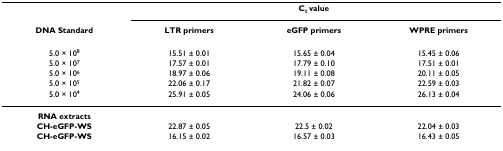
<table><thead><tr><td></td><td colspan="3"><b>C<sub>t </sub>value</b></td></tr><tr><td><b>DNA Standard</b></td><td><b>LTR primers</b></td><td><b>eGFP primers</b></td><td><b>WPRE primers</b></td></tr></thead><tbody><tr><td>5.0 × 10<sup>8</sup></td><td>15.51 ± 0.01</td><td>15.65 ± 0.04</td><td>15.45 ± 0.06</td></tr><tr><td>5.0 × 10<sup>7</sup></td><td>17.57 ± 0.01</td><td>17.79 ± 0.10</td><td>17.51 ± 0.01</td></tr><tr><td>5.0 × 10<sup>6</sup></td><td>18.97 ± 0.06</td><td>19.11 ± 0.08</td><td>20.11 ± 0.05</td></tr><tr><td>5.0 × 10<sup>5</sup></td><td>22.06 ± 0.17</td><td>21.82 ± 0.07</td><td>22.59 ± 0.03</td></tr><tr><td>5.0 × 10<sup>4</sup></td><td>25.91 ± 0.05</td><td>24.06 ± 0.06</td><td>26.13 ± 0.04</td></tr><tr><td><b>RNA extracts</b></td><td></td><td></td><td></td></tr><tr><td><b>CH-eGFP-WS</b></td><td>22.87 ± 0.05</td><td>22.5 ± 0.02</td><td>22.04 ± 0.03</td></tr><tr><td><b>CH-eGFP-WS</b></td><td>16.15 ± 0.02</td><td>16.57 ± 0.03</td><td>16.43 ± 0.05</td></tr></tbody></table>